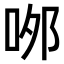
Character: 𠲄